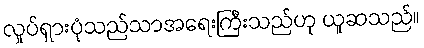
လှုပ်ရှားပုံသည်သာအရေးကြီးသည်ဟု ယူဆသည်။